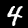
Label: 4